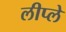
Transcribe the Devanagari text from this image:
लीप्ले